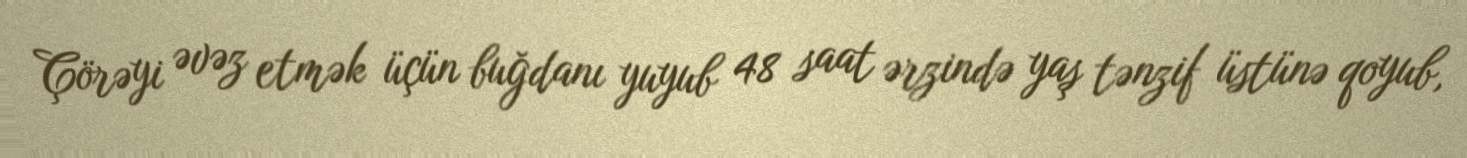
Çörəyi əvəz etmək üçün buğdanı yuyub 48 saat ərzində yaş tənzif üstünə qoyub,